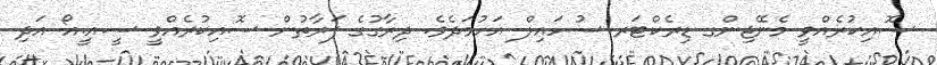
ސޮއިކުރެއްވީ މެނޭޖިންގ ޑިރެކްޓަރ ސުހައިލް އަހުމަދެވެ. ދިރާގުގެ ފަރާތުން ސޮއިކުރެއްވީ ސީ.އީ.އޯ އަދި